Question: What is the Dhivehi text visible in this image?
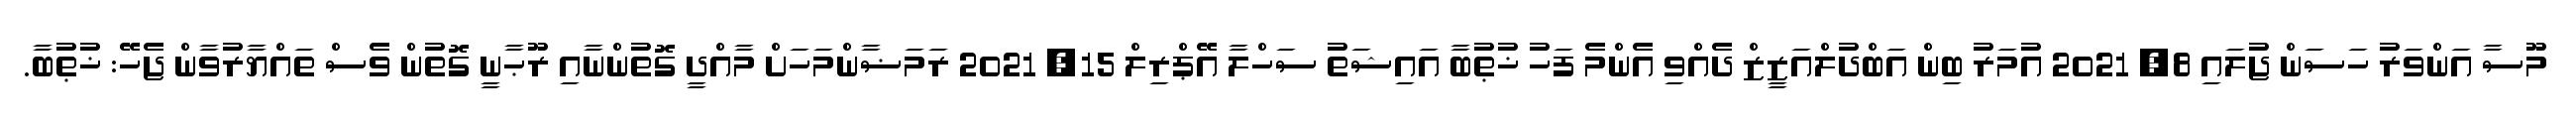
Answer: މޫސާ އަންވަރު ހަސަން ޖުލައި 8, 2021 އުމަރު ބިން އަބްދުލްއަޒީޒް ދެއްވި އެންމެ ފަހު ޚުޠުބާ އައިޝަތު ސަހްލާ އޭޕްރިލް 15, 2021 ރަމަޟާންމަހަށް މާއްދީ ގޮތުންނާއި ރޫޙާނީ ގޮތުން ވެސް ތައްޔާރުވާން ޖެހޭ: ޚުޠުބާ.